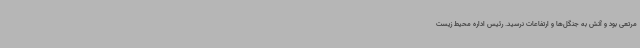
مرتعی بود و آتش به جنگل‌ها و ارتفاعات نرسید. رئیس اداره محیط زیست